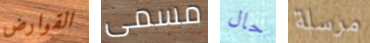
القوارض مسمى حال مرسلة